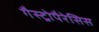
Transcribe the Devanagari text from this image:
गैस्ट्रोपैरेसिस